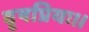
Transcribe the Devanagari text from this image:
वृषप्रियः।।